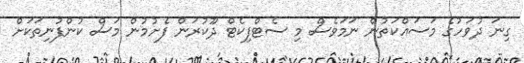
ގިނަ ދުވަހުގެ މަސައްކަތުން ނަމަވެސް މި ސެޓްފިކެޓް ދޫކުރަން ފެށުމުން މަސް ކުންފުނިތަކަށް